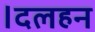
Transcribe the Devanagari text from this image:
।दलहन